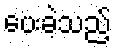
ပေးခဲ့သည့်